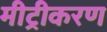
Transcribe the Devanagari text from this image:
मीट्रीकरण